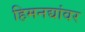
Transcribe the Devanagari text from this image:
हिमनद्यांवर